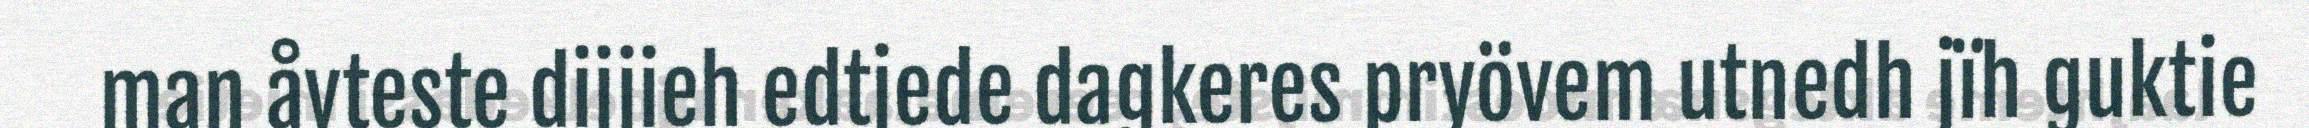
man åvteste dijjieh edtjede dagkeres pryövem utnedh jïh guktie